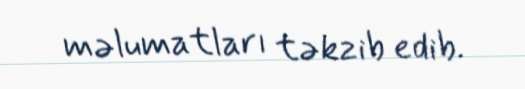
məlumatları təkzib edib.